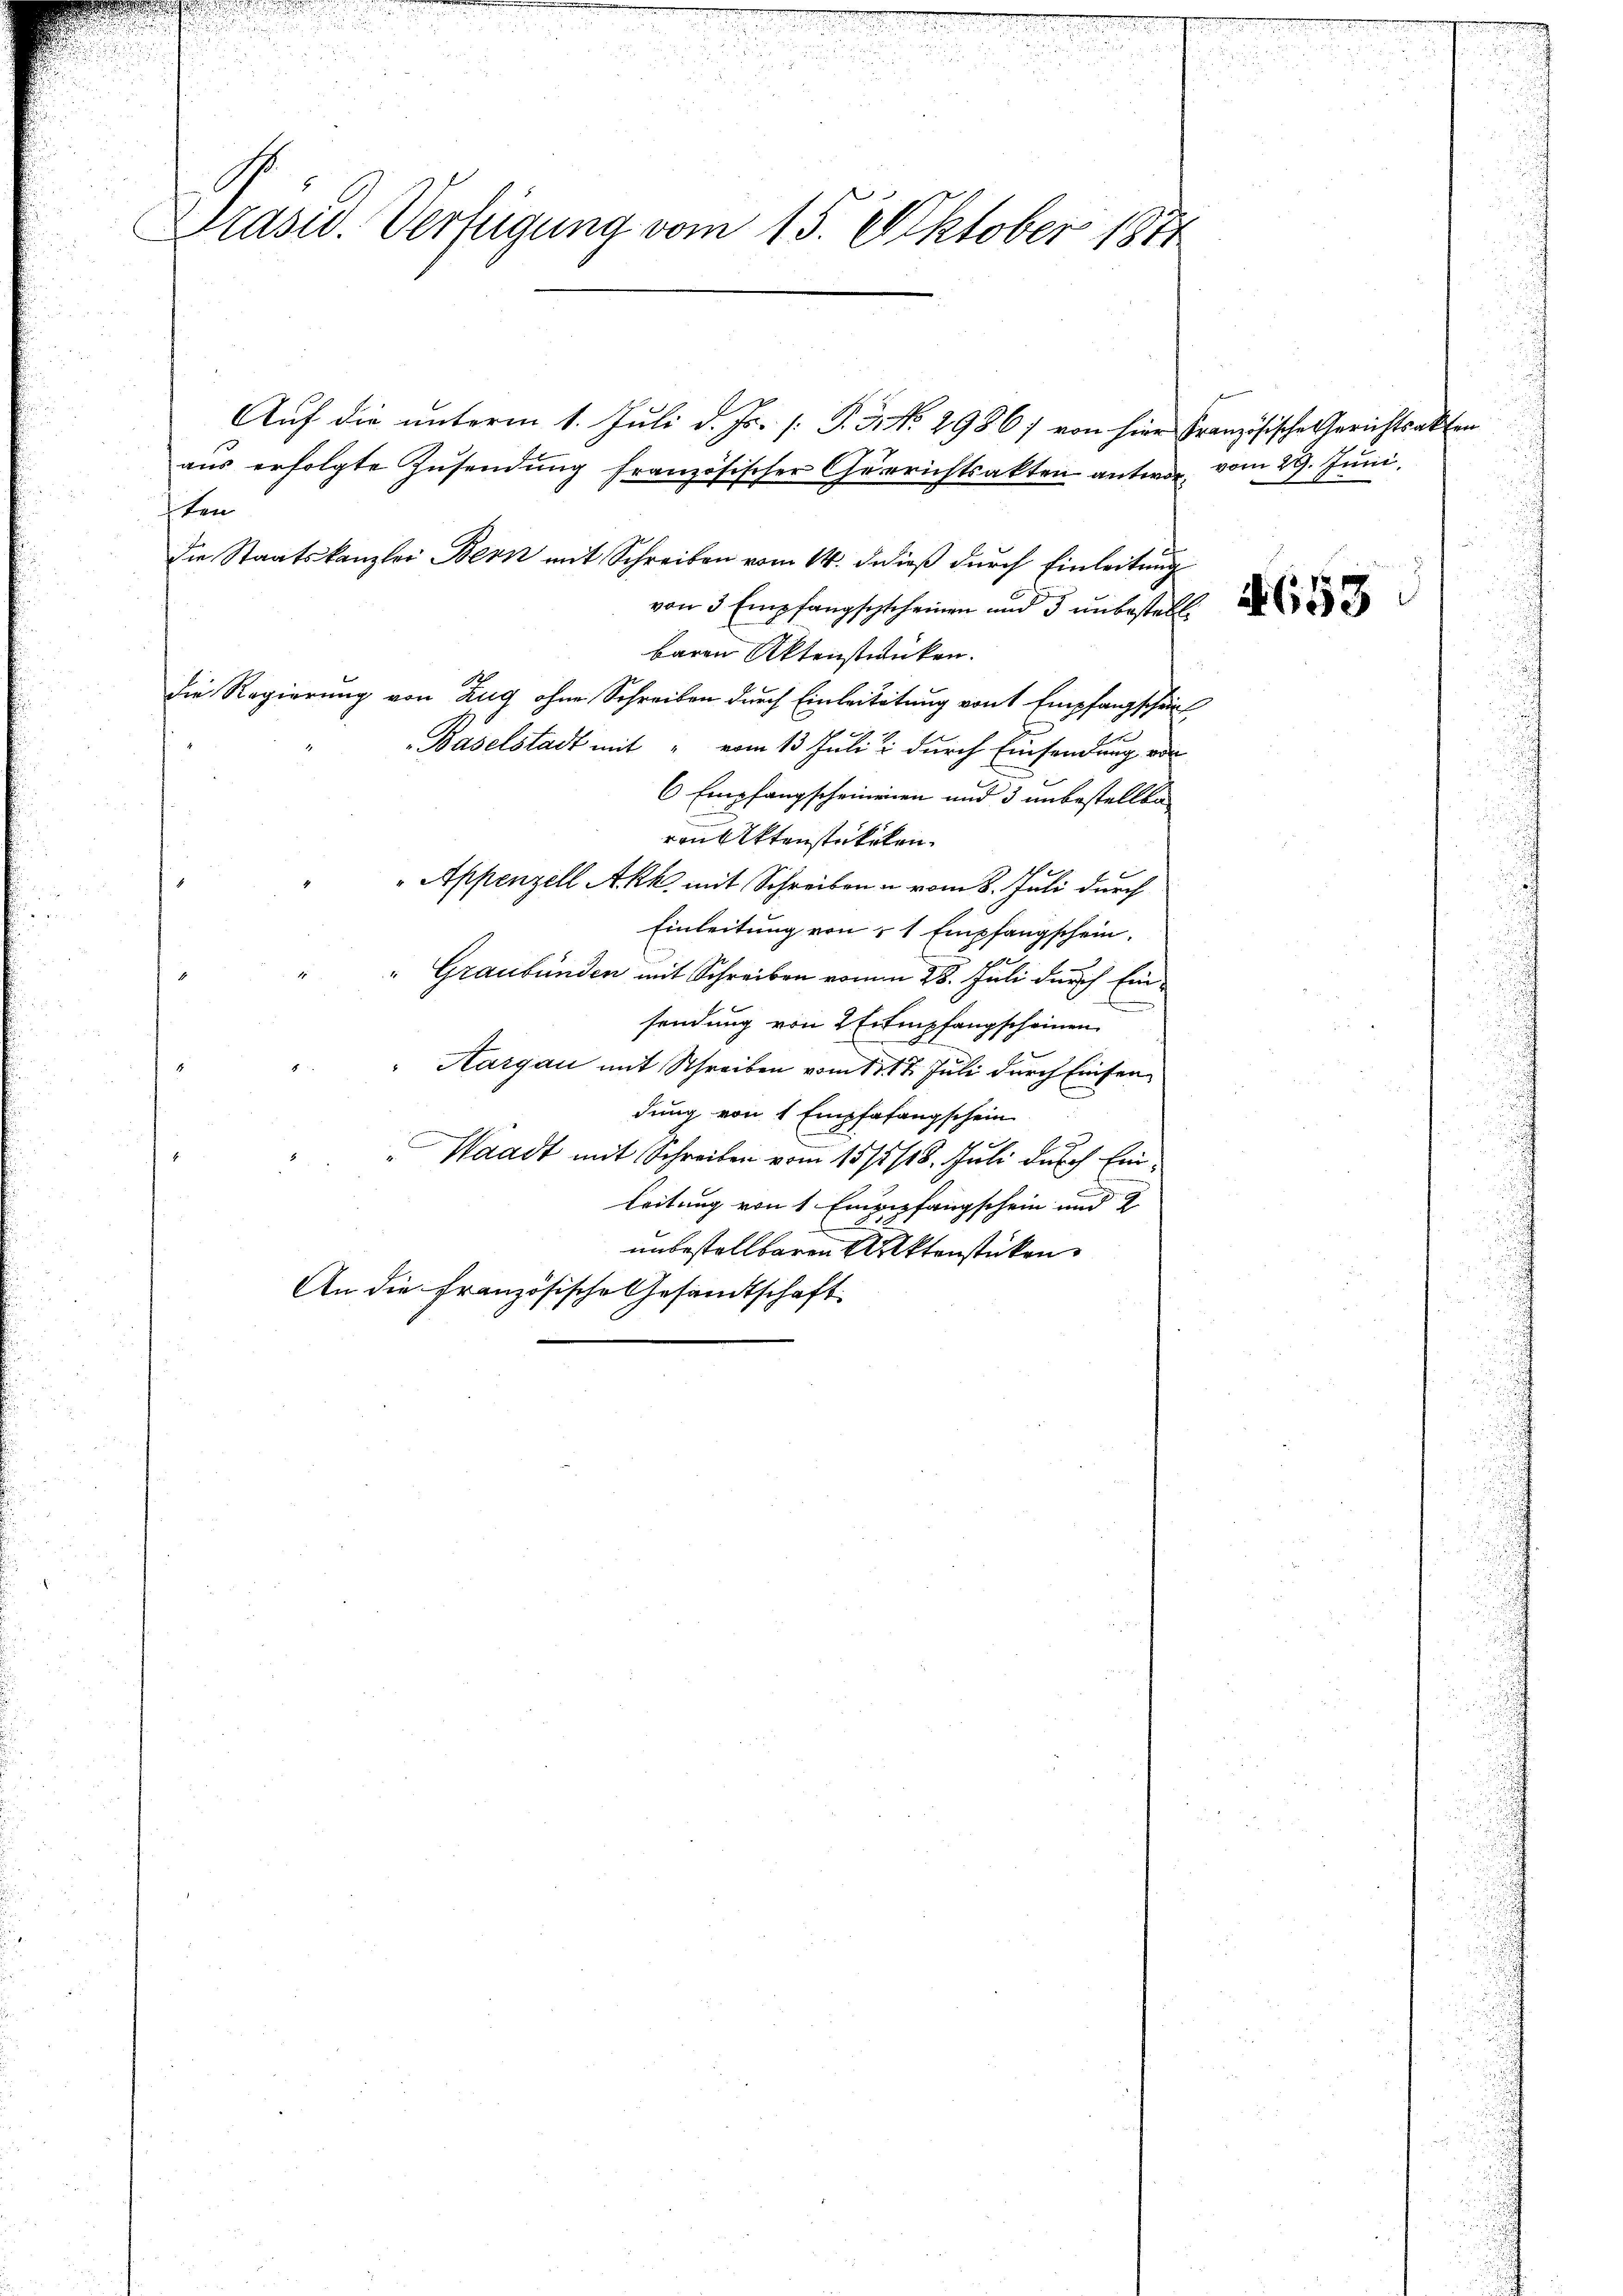
Präsid. Verfügung vom 15. Oktober 1871

Auf die unterm 1. Juli d. Js. [: P. 3. No. 2986; von hier Französische Gerichtsakten
aŭs erfolgte Zŭsendung französischer Gerichtsakten antwort vom 29. Juni,
ten
die Staatskanzlei Bern mit Schreiben vom 14. d. dieß durch Einleitung
von 3 Empfangschscheinen und 3 unbestellt.
baren Aktenstrunken.
die Regierung von Zug ohne Schreiben durch Einleitetung von Empfangschein
Baselstadt mit " vom 13. Julii durch Einsendung von
6 Empfangscheinenen und 3 unbestellte
rau Aktenstrikelen.
Appenzell Akk mit Schreiben u. vom 8. Juli durch
Einleitung von § 1 Empfangschein.
" Graubünden mit Schreiben vom 28. Juli durch Einsendung von 2 Exempfangscheinen
" Aargau mit Schreiben vom 1317. Juli durch Einsen
dung von 1 Empfafangschein
Waadt mit Schreiben vom 15/5/18. Juli durch Einleitung von 1 Eingepfangschein und 2
unbestellbaren Aktenstücken
An die französische Gesandtschaft

1653